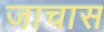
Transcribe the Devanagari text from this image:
जाचास